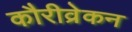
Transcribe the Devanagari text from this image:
कौरीव्रेकन